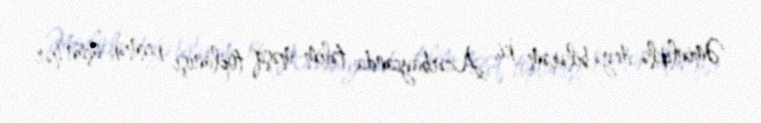
Əminliklə deyə bilərəm ki, Azərbaycanda təlim-məşq toplanışı keçmək üçün hər